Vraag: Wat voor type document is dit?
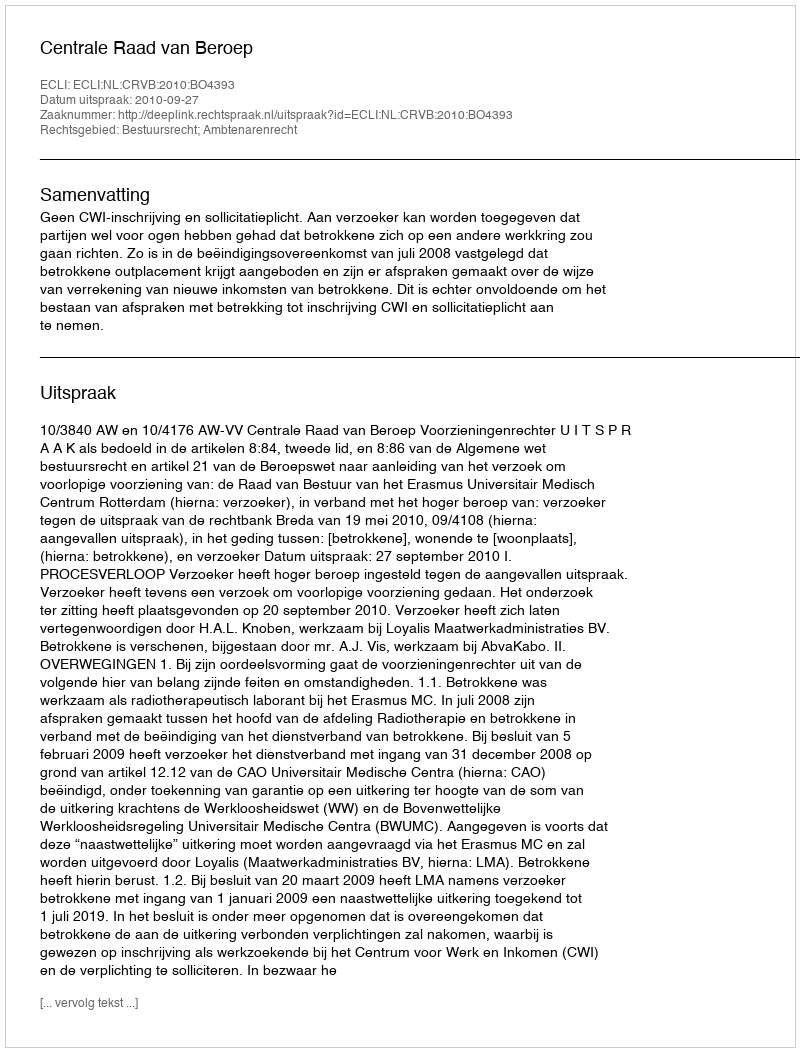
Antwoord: Uitspraak